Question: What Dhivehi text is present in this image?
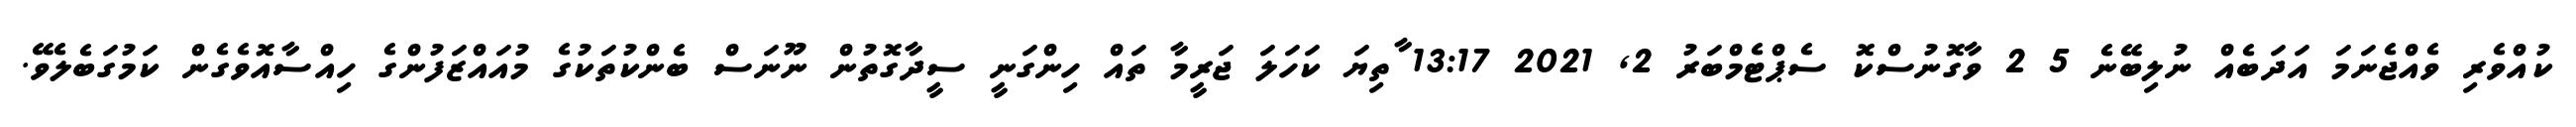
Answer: ކުއްވެރި ވެއްޖެނަމަ އަދަބެއް ނުލިބޭނެ 5 2 ވާގޮނުސްކޮ ސެޕްޓެމްބަރު 2, 2021 13:17 ާތިޔަ ކަހަލަ ޖަރީމާ ތައް ހިންގަނީ ސީދާގޮތުން ނޫނަސް ބެންކުތަކުގެ މުއައްޒަފުންގެ ހިއްސާއޮވެގެން ކަމުގަބެލެވޭ.